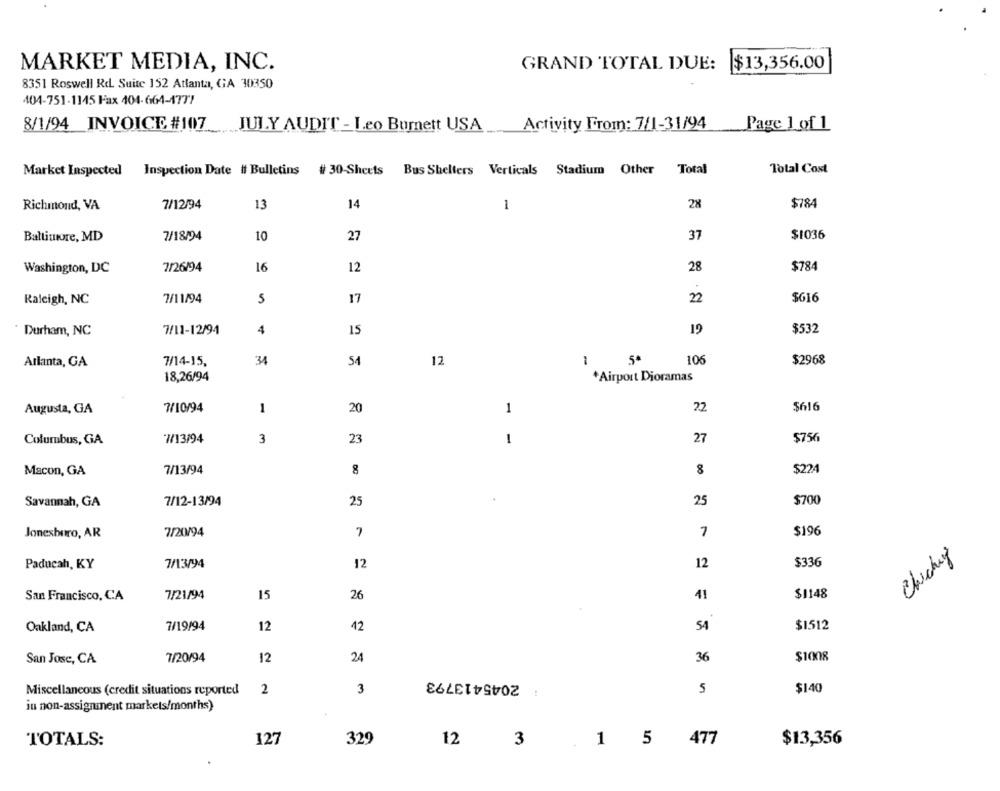
MARKET MEDIA, INC.
GRAND TOTAL DUE:
$13,356.00
8351 Roswell Rd. Suite 152 Atlanta, GA 30350
404-751-1145 Fax 404-664-1777
8/1/94 INVOICE # 107
Activity From: 7/1-31/94
Page 1 of 1
JULY AUDIT - Leo Burnett USA
Market Inspected Inspection Date #f Bulletins
# 30-Sheets
Bus Shelters Verticals Stadium Other Total
Total Cost
Richmond, VA
7/12/94
13
14
1
28
$784
Baltimore, MD
7/18/94
10
27
37
$1036
Washington, DC
7/26/94
16
12
28
$784
Raleigh, NC
7/11/94
5
17
22
$616
" Durham, NC
7/11-12/94
4
15
19
$532
Atlanta, GA
7/14-15,
34
54
12
1
5ª
106
$2968
18,26/94
+Airport Dioramas
Augusta, GA
7/10/94
1
20
1
22
$616
Columbus, GA
7/13/94
3
23
1
27
$756
Macon, GA
7/13/94
8
8
$224
$700
Savannah, GA
7/12-13/94
25
25
Jonesboro, AR
7/20/94
7
7
$196
Chichiy
12
$336
Paducah, KY
7/13/94
12
$1148
San Francisco, CA
7/21/94
15
26
41
54
Oakland, CA
7/19/94
12
42
$1512
7/20/94
12
24
36
$1008
San Jose, CA
2045413793
$140
Miscellaneous (credit situations reported
2
3
5
ju non-assigninent markets/months)
TOTALS:
127
329
12
3
5
477
$13,356